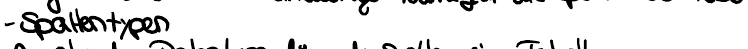
- Spaltentypen